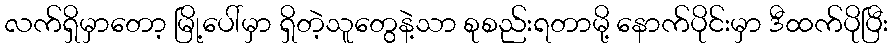
လက်ရှိမှာတော့ မြို့ပေါ်မှာ ရှိတဲ့သူတွေနဲ့သာ စုစည်းရတာမို့ နောက်ပိုင်းမှာ ဒီထက်ပိုပြီး